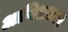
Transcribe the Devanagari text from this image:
अाविशकार